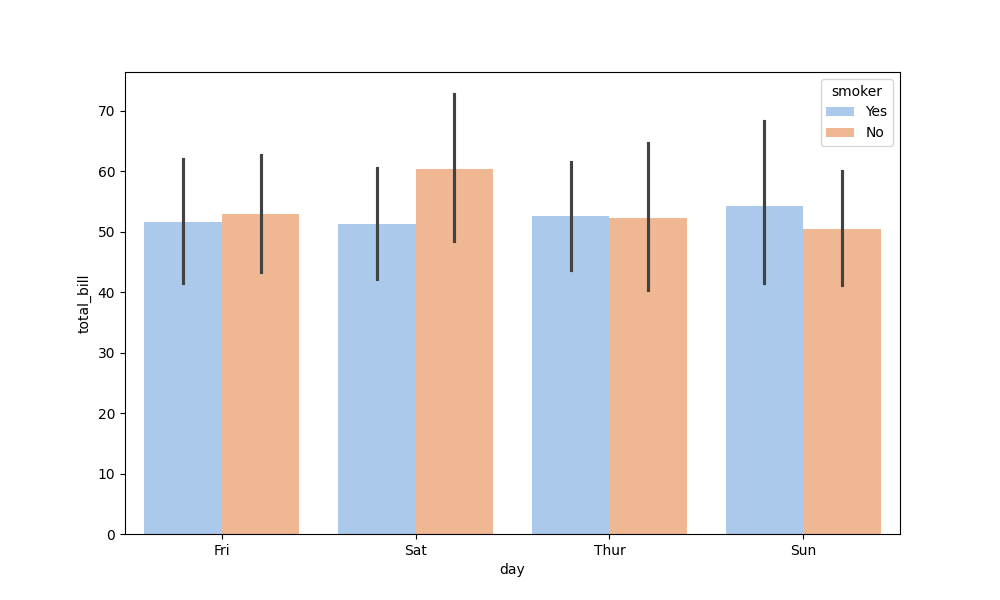
python, seaborn, barplot, hue='smoker', palette='pastel', ci=95, orient='v'